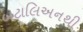
બટાલિઅનથી